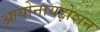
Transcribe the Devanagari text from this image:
आयोनायझेशन